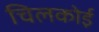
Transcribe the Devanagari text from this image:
चिलकोई